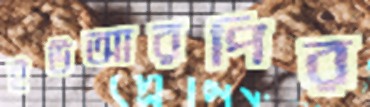
ইউআরপির